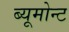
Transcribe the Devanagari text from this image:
ब्यूमोन्ट